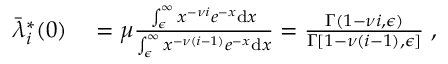
\begin{array} { r l } { \bar { \lambda } _ { i } ^ { * } ( 0 ) } & { { } = \mu \frac { \int _ { \epsilon } ^ { \infty } x ^ { - \nu i } e ^ { - x } \mathrm { d } x } { \int _ { \epsilon } ^ { \infty } x ^ { - \nu ( i - 1 ) } e ^ { - x } \mathrm { d } x } = \frac { \Gamma ( 1 - \nu i , \epsilon ) } { \Gamma [ 1 - \nu ( i - 1 ) , \epsilon ] } \; , } \end{array}